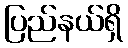
ပြည်နယ်ရှိ